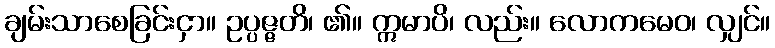
ချမ်းသာစေခြင်းငှာ။ ဥပ္ပဇ္ဇတိ၊ ၏။ ဣမာပိ၊ လည်း။ လောကမေဝ၊ လျှင်။